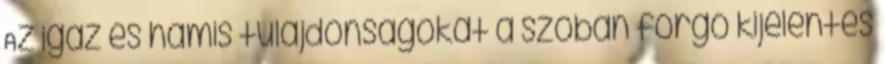
Az igaz és hamis tulajdonságokat a szóban forgó kijelentés